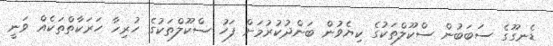
ޑެނގޫގެ ސަބަބުން ސްކޫލްތަކުގެ ކިޔެވުން ބަންދުކުރުމަށް ފަހު ސްކޫލްތަކުގެ ހުރިހާ ހަރަކާތްތަކެއް ވަނީ